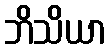
ဘိသိယာ